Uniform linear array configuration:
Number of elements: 16
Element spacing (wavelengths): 0.25
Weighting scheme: exponential
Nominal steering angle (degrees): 0
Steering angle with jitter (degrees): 1.462
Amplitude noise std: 0.05
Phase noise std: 0.05

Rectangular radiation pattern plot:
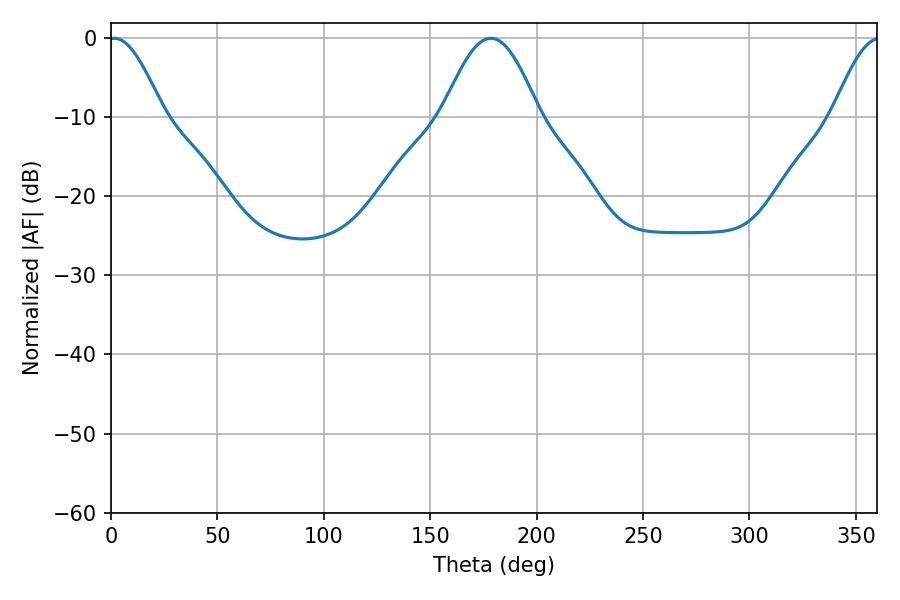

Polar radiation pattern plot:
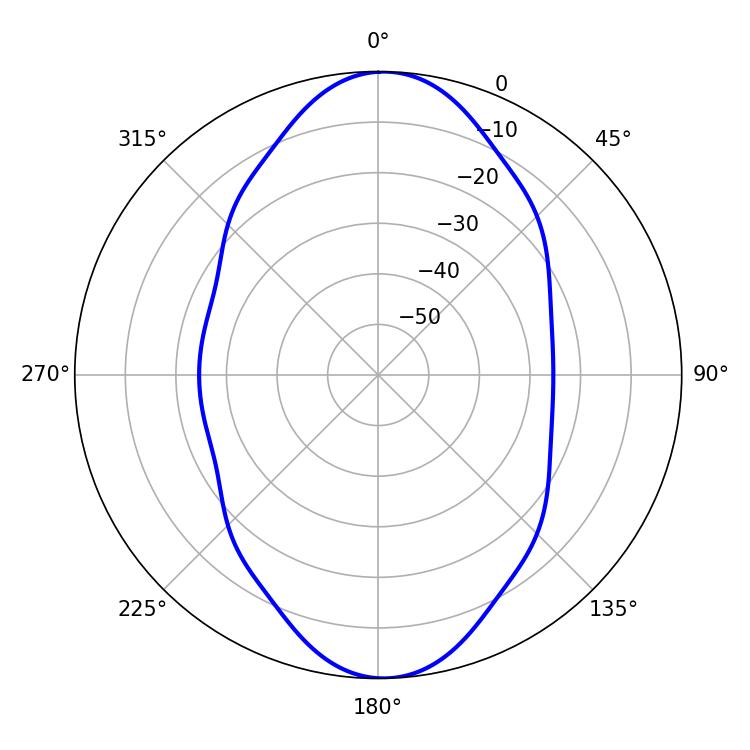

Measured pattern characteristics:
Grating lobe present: FALSE
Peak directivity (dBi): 17.947
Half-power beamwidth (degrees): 13.68
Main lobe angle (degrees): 1.44